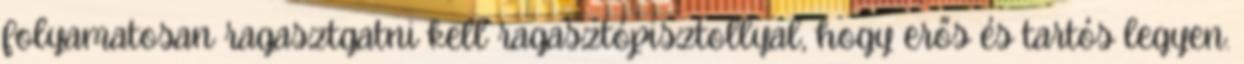
folyamatosan ragasztgatni kell ragasztópisztollyal, hogy erős és tartós legyen.